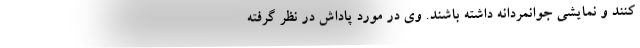
کنند و نمایشی جوانمردانه داشته باشند. وی در مورد پاداش در نظر گرفته